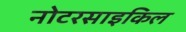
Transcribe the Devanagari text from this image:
नोटरसाइकिल